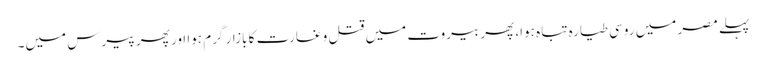
پہلے مصر میں روسی طیارہ تباہ ہوا، پھر بیروت میں قتل و غارت کا بازار گرم ہوا اور پھر پیرس میں۔